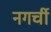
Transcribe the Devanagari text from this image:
नगर्ची